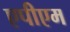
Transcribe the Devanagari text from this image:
एपीएम